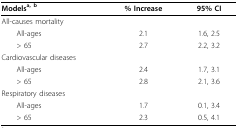
| Modelsa, b | % Increase | 95% CI |
 | --- | --- | --- |
 | All-causes mortality |  |  |
 | All-ages | 2.1 | 1.6, 2.5 |
 | > 65 | 2.7 | 2.2, 3.2 |
 | Cardiovascular diseases |  |  |
 | All-ages | 2.4 | 1.7, 3.1 |
 | > 65 | 2.8 | 2.1, 3.6 |
 | Respiratory diseases |  |  |
 | All-ages | 1.7 | 0.1, 3.4 |
 | > 65 | 2.3 | 0.5, 4.1 |